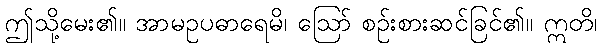
ဤသို့မေး၏။ အာမဥပဓာရေမိ၊ ဩော် စဉ်းစားဆင်ခြင်၏။ ဣတိ၊